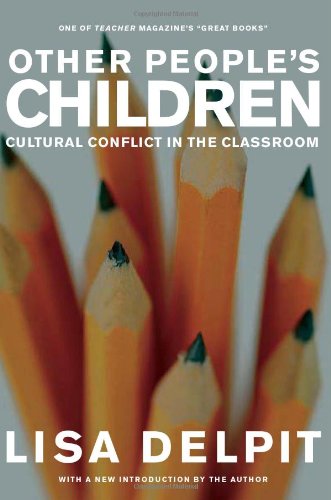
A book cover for Other People's Children: Cultural Conflict in the Classroom; Lisa Delpit; History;